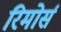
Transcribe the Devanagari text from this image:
रिमोर्स